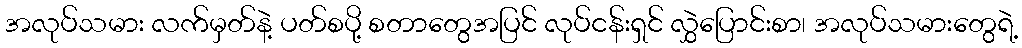
အလုပ်သမား လက်မှတ်နဲ့ ပတ်စပို့ စတာတွေအပြင် လုပ်ငန်းရှင် လွှဲပြောင်းစာ၊ အလုပ်သမားတွေရဲ့